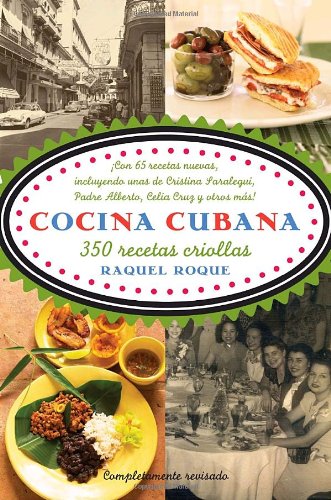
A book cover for Cocina cubana: 350 recetas criollas (Spanish Edition); Raquel Roque; Cookbooks, Food & Wine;